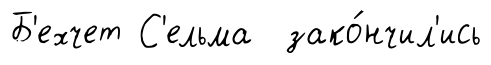
Б'ехчет С'ельма зако́нчил'ись